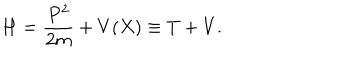
H = \frac { P ^ { 2 } } { 2 m } + V ( X ) \equiv T + V .